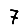
Digit: 7